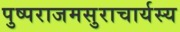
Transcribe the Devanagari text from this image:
पुष्पराजमसुराचार्यस्य